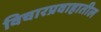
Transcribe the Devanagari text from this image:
विचारप्रवाहातील